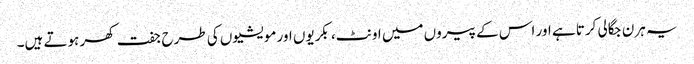
یہ ہرن جگالی کرتا ہے اور اس کے پیروں میں اونٹ، بکریوں اور مویشیوں کی طرح جفت کھر ہوتے ہیں۔